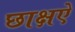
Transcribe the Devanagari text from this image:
छाक्षऐ